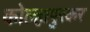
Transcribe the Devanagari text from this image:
कोल्हापुरकर